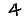
Digit: 4